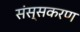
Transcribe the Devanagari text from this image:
संस्सकरण